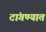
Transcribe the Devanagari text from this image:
टांगण्यात